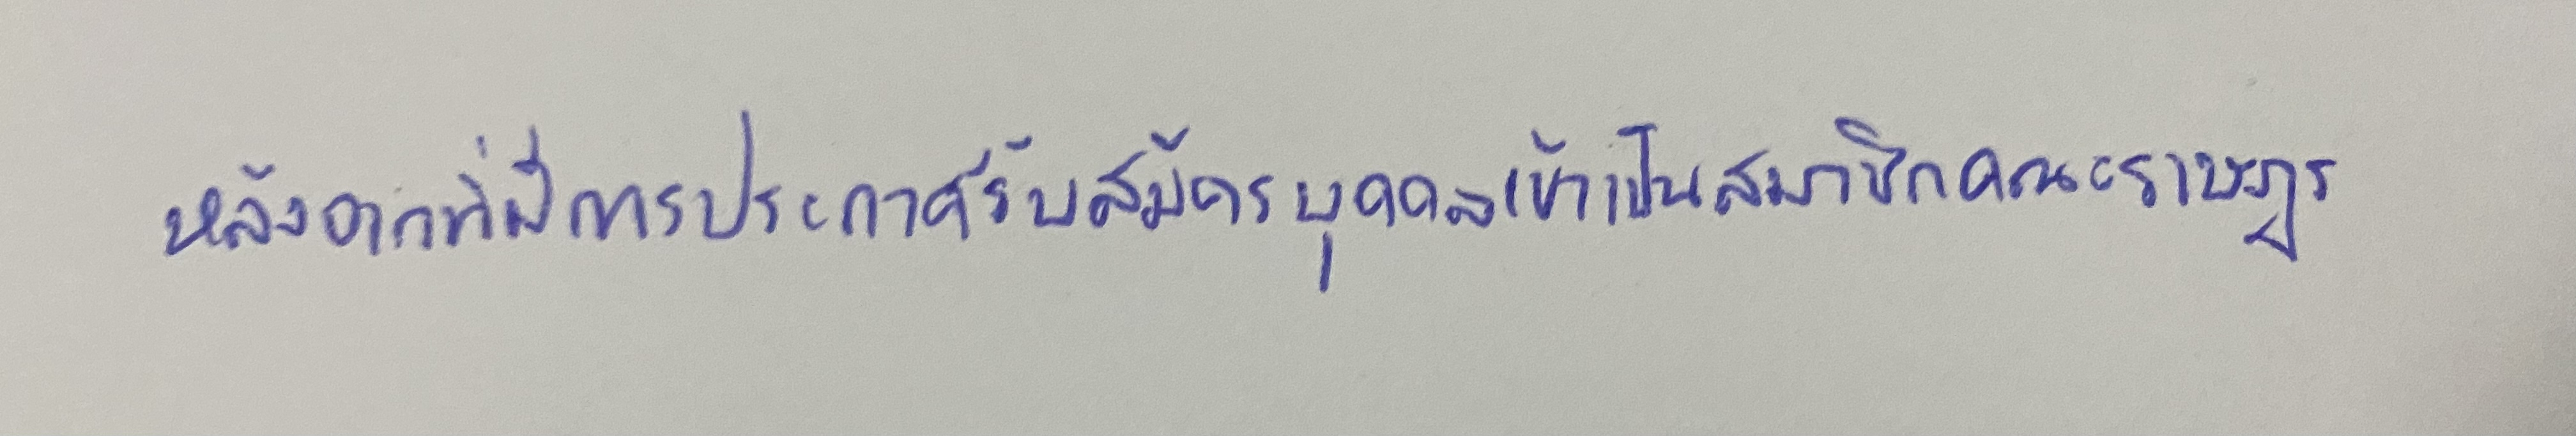
หลังจากที่มีการประกาศรับสมัครบุคคลเข้าเป็นสมาชิกคณะราษฎร.